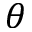
\theta